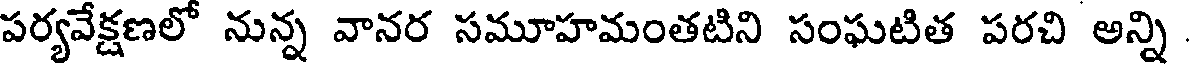
పర్యవేక్షణలో నున్న వానర సమూహమంతటిని సంఘటిత పరచి అన్ని